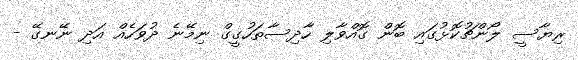
ރިޔާސީ ލޯންޗުކޮޅުގައި ބޮން ގޮއްވާލި ހާދިސާތަހުގީގް ނިމޭނެ ދުވަހެއް އަދި ނޭނގޭ -